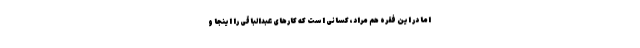
اما در این فقره هم مراد، کسانی است که کارهای عبدالباقی را اینجا و